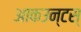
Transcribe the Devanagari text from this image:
आकउन्टस्